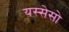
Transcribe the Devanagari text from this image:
यस्सेसो